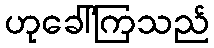
ဟုခေါ်ကြသည်